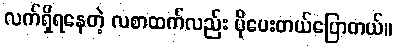
လက်ရှိရနေတဲ့ လစာထက်လည်း ပိုပေးတယ်ပြောတယ်။